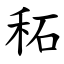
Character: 䄷